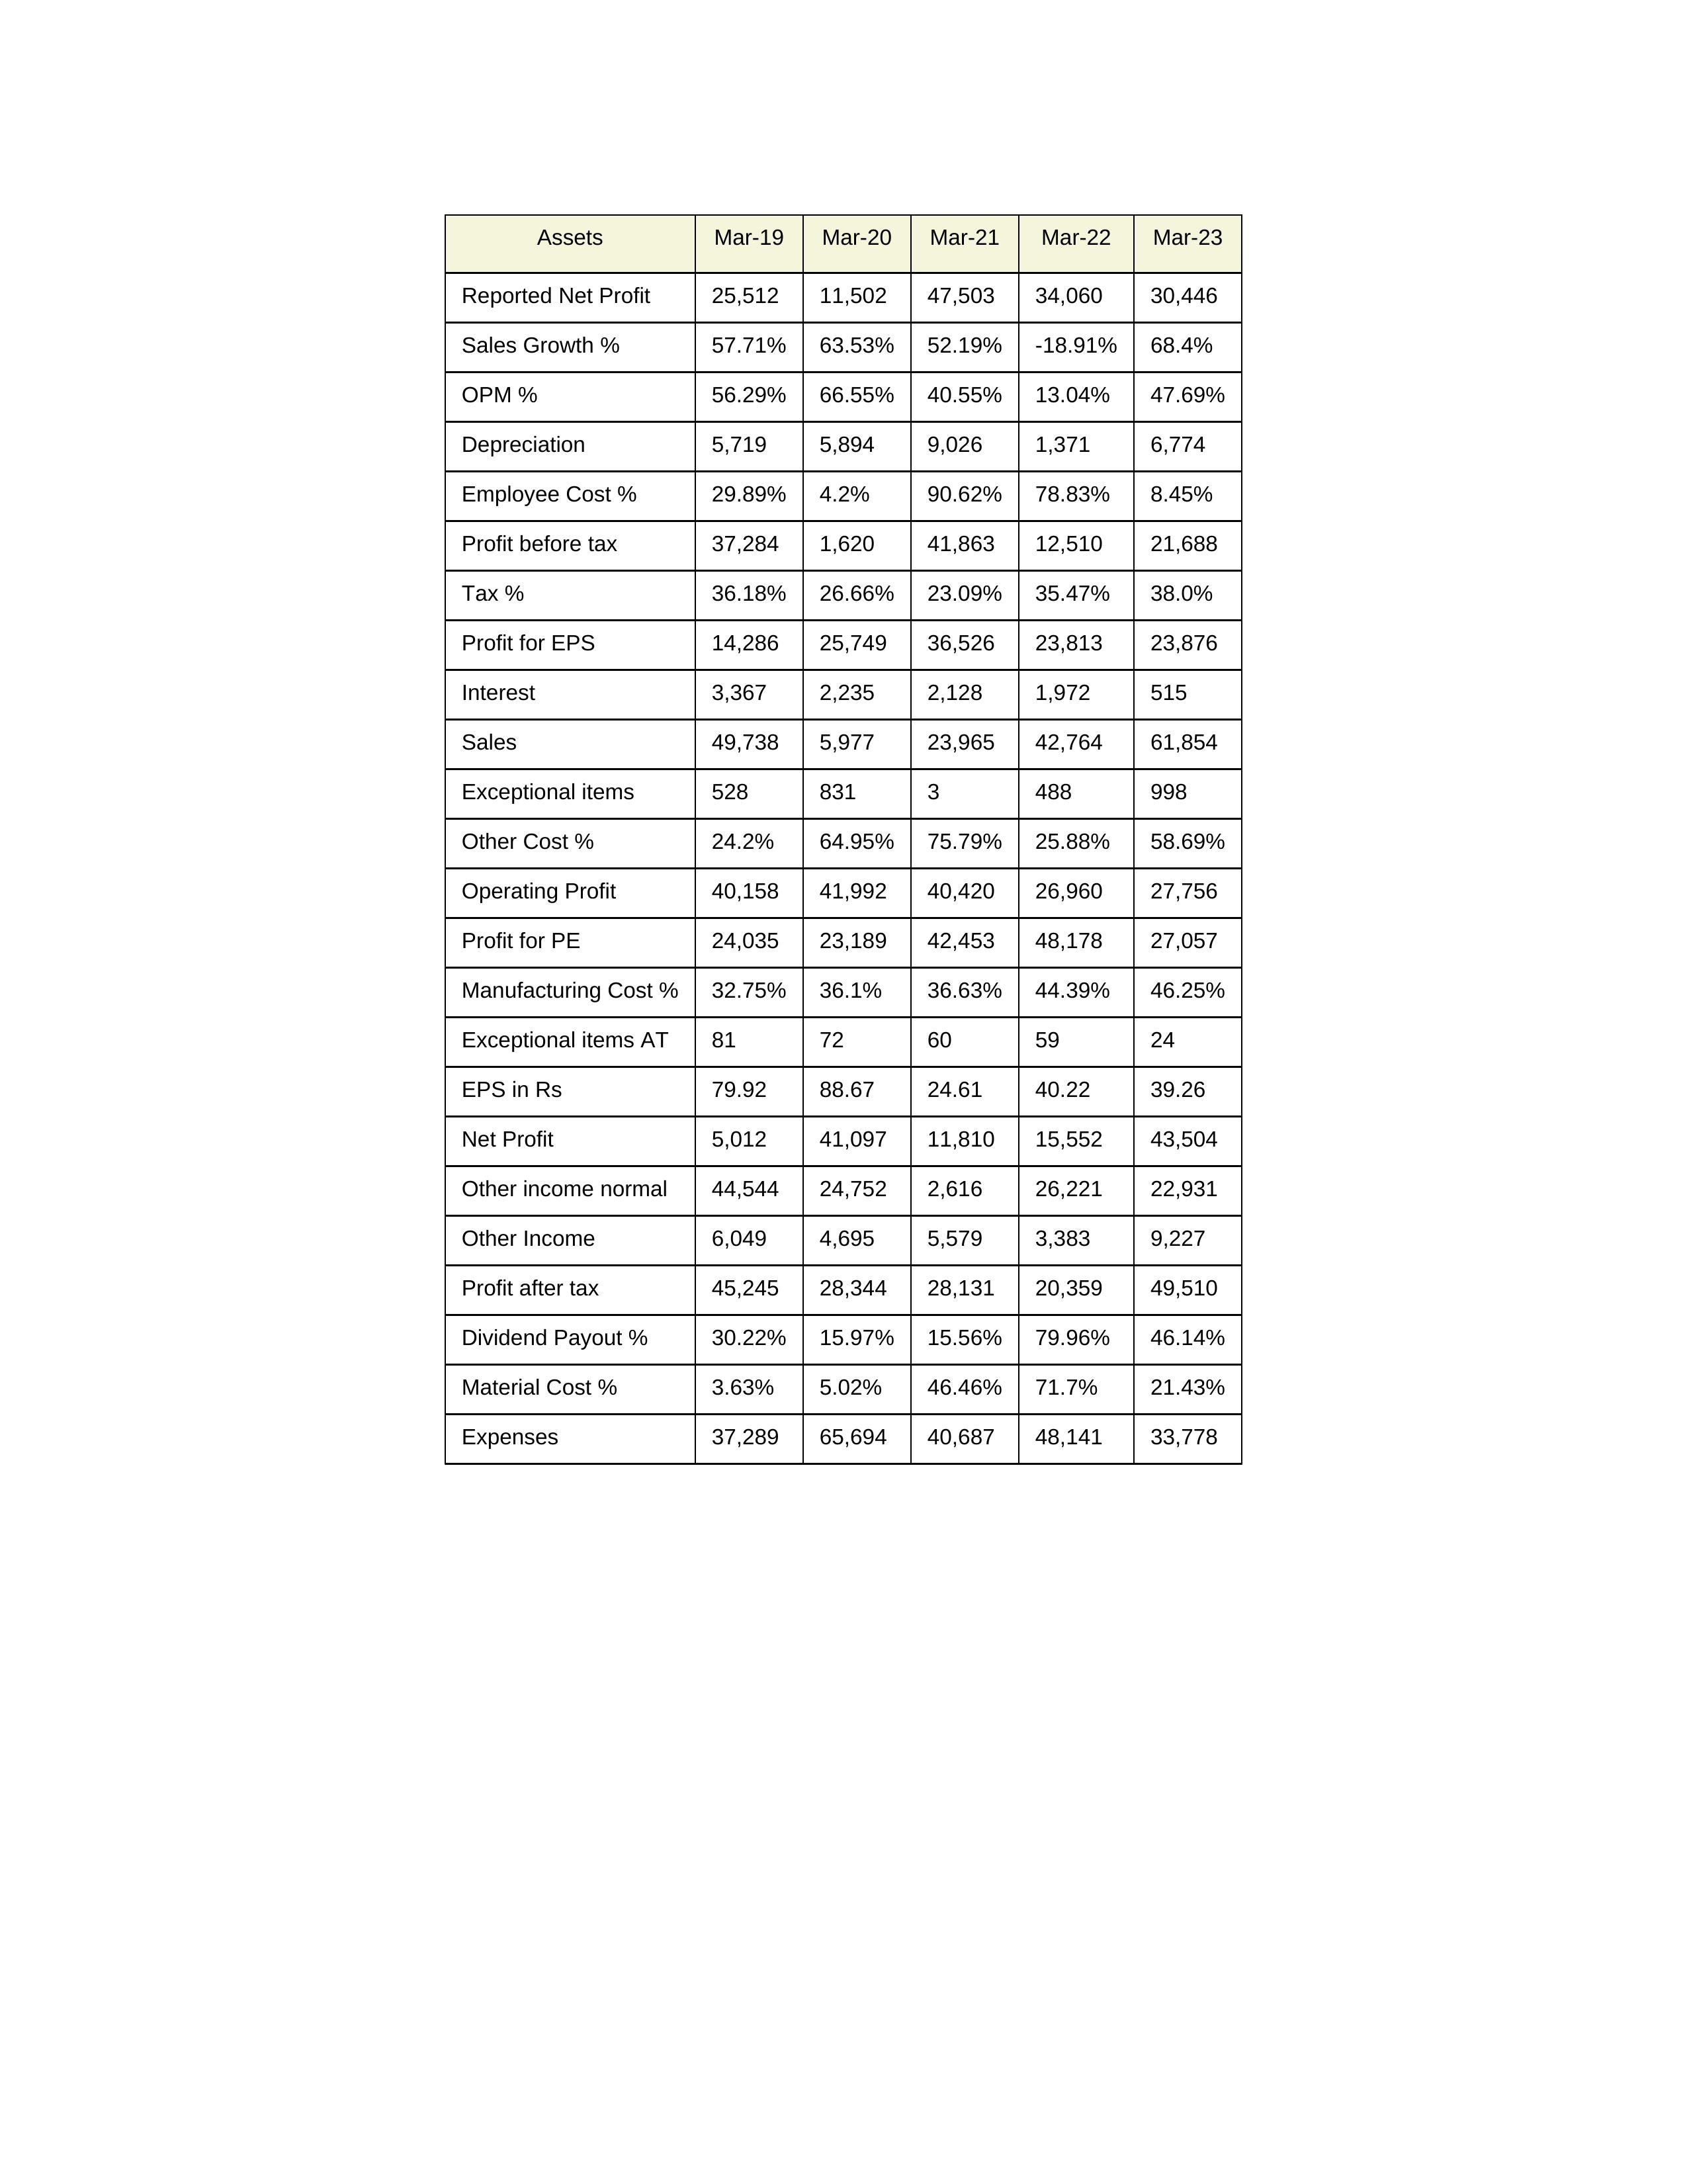
gt_parse: Mar-19: Sales: 49,738
Sales Growth %: 57.71%
Expenses: 37,289
Material Cost %: 3.63%
Manufacturing Cost %: 32.75%
Employee Cost %: 29.89%
Other Cost %: 24.2%
Operating Profit: 40,158
OPM %: 56.29%
Other Income: 6,049
Exceptional items: 528
Other income normal: 44,544
Interest: 3,367
Depreciation: 5,719
Profit before tax: 37,284
Tax %: 36.18%
Net Profit: 5,012
Profit after tax: 45,245
Reported Net Profit: 25,512
Profit for EPS: 14,286
Exceptional items AT: 81
Profit for PE: 24,035
EPS in Rs: 79.92
Dividend Payout %: 30.22%
Mar-20: Sales: 5,977
Sales Growth %: 63.53%
Expenses: 65,694
Material Cost %: 5.02%
Manufacturing Cost %: 36.1%
Employee Cost %: 4.2%
Other Cost %: 64.95%
Operating Profit: 41,992
OPM %: 66.55%
Other Income: 4,695
Exceptional items: 831
Other income normal: 24,752
Interest: 2,235
Depreciation: 5,894
Profit before tax: 1,620
Tax %: 26.66%
Net Profit: 41,097
Profit after tax: 28,344
Reported Net Profit: 11,502
Profit for EPS: 25,749
Exceptional items AT: 72
Profit for PE: 23,189
EPS in Rs: 88.67
Dividend Payout %: 15.97%
Mar-21: Sales: 23,965
Sales Growth %: 52.19%
Expenses: 40,687
Material Cost %: 46.46%
Manufacturing Cost %: 36.63%
Employee Cost %: 90.62%
Other Cost %: 75.79%
Operating Profit: 40,420
OPM %: 40.55%
Other Income: 5,579
Exceptional items: 3
Other income normal: 2,616
Interest: 2,128
Depreciation: 9,026
Profit before tax: 41,863
Tax %: 23.09%
Net Profit: 11,810
Profit after tax: 28,131
Reported Net Profit: 47,503
Profit for EPS: 36,526
Exceptional items AT: 60
Profit for PE: 42,453
EPS in Rs: 24.61
Dividend Payout %: 15.56%
Mar-22: Sales: 42,764
Sales Growth %: -18.91%
Expenses: 48,141
Material Cost %: 71.7%
Manufacturing Cost %: 44.39%
Employee Cost %: 78.83%
Other Cost %: 25.88%
Operating Profit: 26,960
OPM %: 13.04%
Other Income: 3,383
Exceptional items: 488
Other income normal: 26,221
Interest: 1,972
Depreciation: 1,371
Profit before tax: 12,510
Tax %: 35.47%
Net Profit: 15,552
Profit after tax: 20,359
Reported Net Profit: 34,060
Profit for EPS: 23,813
Exceptional items AT: 59
Profit for PE: 48,178
EPS in Rs: 40.22
Dividend Payout %: 79.96%
Mar-23: Sales: 61,854
Sales Growth %: 68.4%
Expenses: 33,778
Material Cost %: 21.43%
Manufacturing Cost %: 46.25%
Employee Cost %: 8.45%
Other Cost %: 58.69%
Operating Profit: 27,756
OPM %: 47.69%
Other Income: 9,227
Exceptional items: 998
Other income normal: 22,931
Interest: 515
Depreciation: 6,774
Profit before tax: 21,688
Tax %: 38.0%
Net Profit: 43,504
Profit after tax: 49,510
Reported Net Profit: 30,446
Profit for EPS: 23,876
Exceptional items AT: 24
Profit for PE: 27,057
EPS in Rs: 39.26
Dividend Payout %: 46.14%